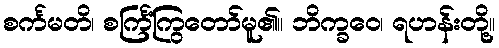
စင်္ကမတိ၊ စင်္ကြံကြွတော်မူ၏။ ဘိက္ခဝေ၊ ရဟန်းတို့။